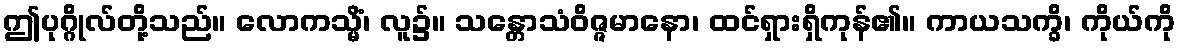
ဤပုဂ္ဂိုလ်တို့သည်။ လောကသ္မိံ၊ လူ၌။ သန္တောသံဝိဇ္ဇမာနော၊ ထင်ရှားရှိကုန်၏။ ကာယသက္ခိ၊ ကိုယ်ကို